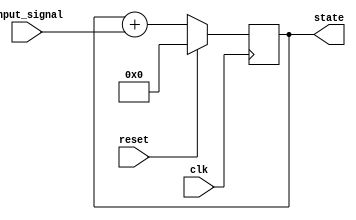
module synchronous_reset (
    input wire clk,         // Clock signal
    input wire reset,       // Reset signal
    input wire [3:0] input_signal, // Example input signal for state transition
    output reg [3:0] state  // State output
);

// Define the reset value for the state
localparam RESET_VALUE = 4'b0000;

// Sequential logic for state update
always @(posedge clk) begin
    if (reset) begin
        // If reset is asserted, set state to reset value
        state <= RESET_VALUE;
    end else begin
        // Normal operation: state transition logic
        // Example: Increment state based on input_signal
        // This is just an example; you can modify it as per your requirements
        state <= state + input_signal; // Example state transition
    end
end

endmodule